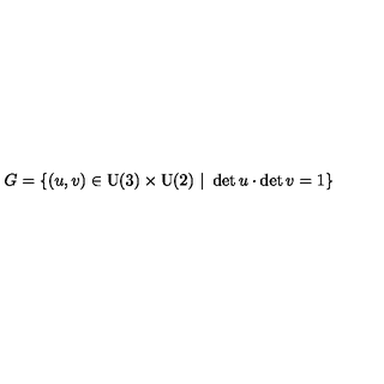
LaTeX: G = \{ ( u , v ) \in \mathrm { U ( 3 ) } \times \mathrm { U ( 2 ) } \ | \ \det u \cdot \det v = 1 \}